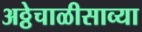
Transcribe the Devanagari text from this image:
अठ्ठेचाळीसाव्या